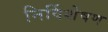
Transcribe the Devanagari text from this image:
निर्विशेषण